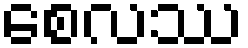
စေလဿ